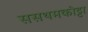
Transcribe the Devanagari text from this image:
ससथमकोट्टा